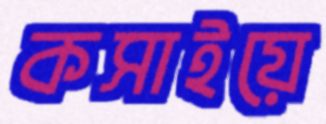
কসাইয়ে